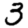
Digit: 3